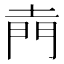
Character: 𮤇